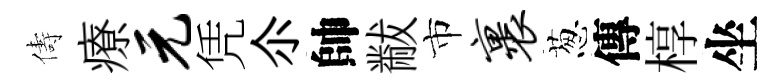
儔療元凭尒帥黻市裹葱傳椁坐